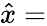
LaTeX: \hat{x}=